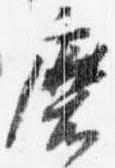
磨